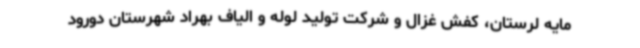
مایه لرستان، کفش غزال و شرکت تولید لوله و الیاف بهراد شهرستان دورود